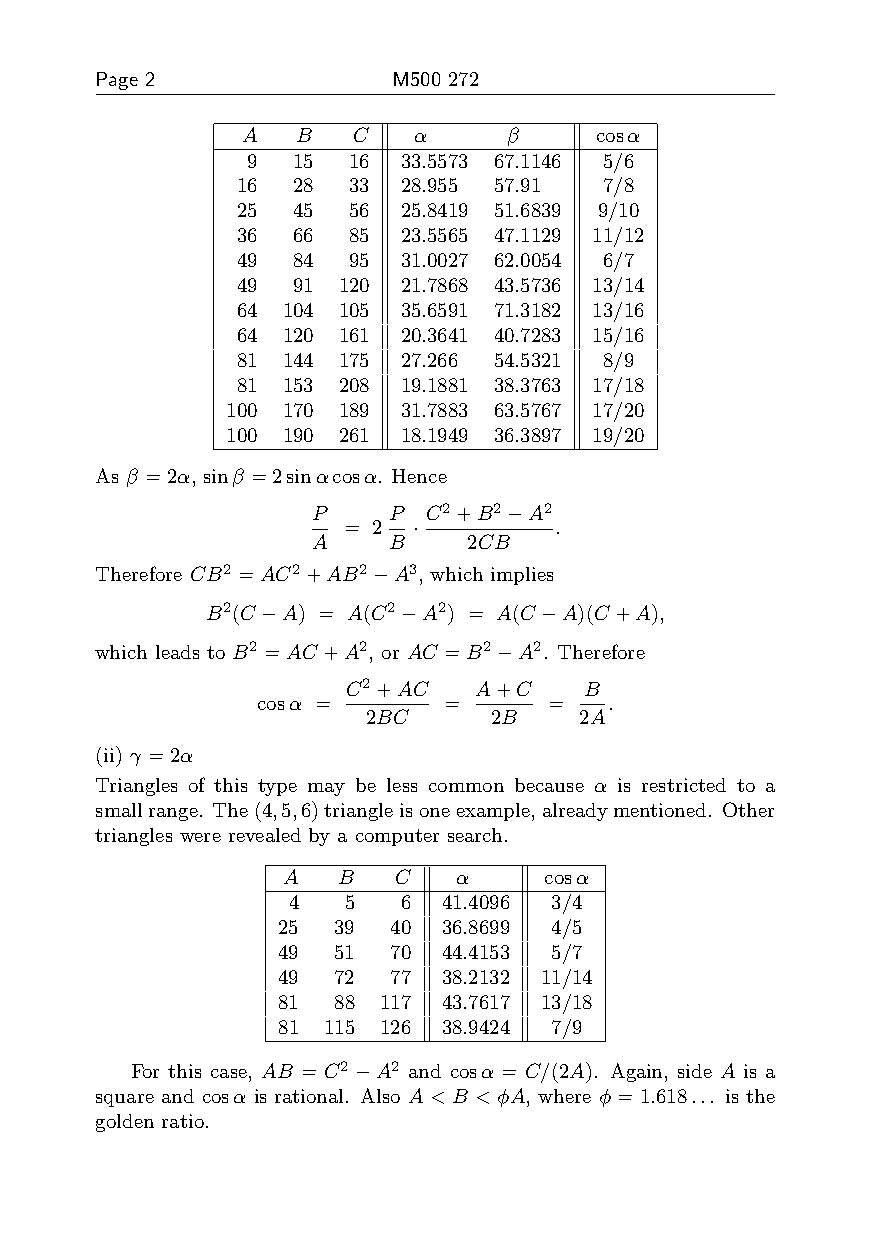
Page 2              M500 272
 A   B  C   α      β    cosα
 9  15  16 33.5573 67.1146 5/6
 16 28  33 28.955 57.91  7/8
 25 45  56 25.8419 51.6839 9/10
 36 66  85 23.5565 47.1129 11/12
 49 84  95 31.0027 62.0054 6/7
 49 91 120 21.7868 43.5736 13/14
 64 104 105 35.6591 71.3182 13/16
 64 120 161 20.3641 40.7283 15/16
 81 144 175 27.266 54.5321 8/9
 81 153 208 19.1881 38.3763 17/18
 100 170 189 31.7883 63.5767 17/20
 100 190 261 18.1949 36.3897 19/20
 As β =2α, sinβ =2sinαcosα. Hence
 P    P C2+B2−A2
 = 2 ·         .
 A    B    2CB
 Therefore CB2 =AC2+AB2−A3, which implies
 B2(C−A) = A(C2−A2) = A(C−A)(C+A),
 which leads to B2 =AC+A2, or AC =B2−A2. Therefore
 C2+AC   A+C     B
 cosα =      =      =   .
 2BC     2B    2A
 (ii) γ =2α
 Triangles of this type may be less common because α is restricted to a
 smallrange. The(4,5,6)triangleisoneexample,alreadymentioned. Other
 triangles were revealed by a computer search.
 A  B   C   α     cosα
 4   5   6 41.4096 3/4
 25  39  40 36.8699 4/5
 49  51  70 44.4153 5/7
 49  72  77 38.2132 11/14
 81  88 117 43.7617 13/18
 81 115 126 38.9424 7/9
 For this case, AB = C2−A2 and cosα = C/(2A). Again, side A is a
 square and cosα is rational. Also A<B <φA, where φ=1.618... is the
 golden ratio.